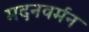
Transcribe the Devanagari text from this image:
मदनवर्मन